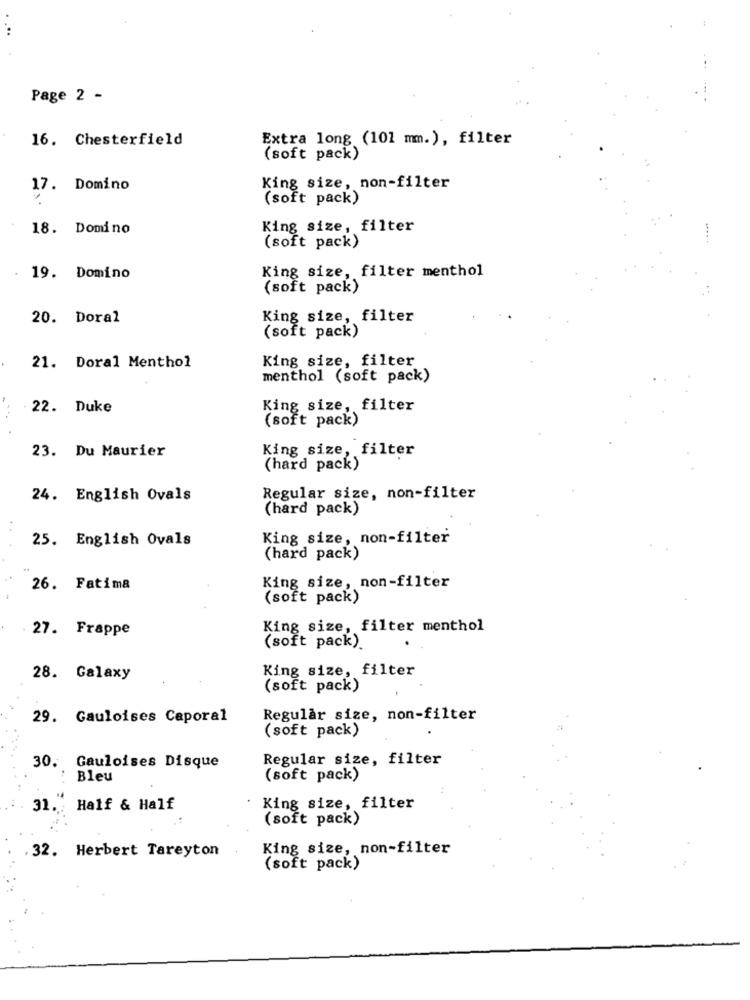
...
Page 2 -
16. Chesterfield
Extra long (101 mm.), filter
(soft pack)
17. Domino
King size, non-filter
(soft pack)
18. Domino
King size, filter
(soft pack)
King size, filter menthol
19. Domino
(soft pack)
20. Doral
King size, filter
(soft pack)
King size, filter
21. Doral Menthol
menthol (soft pack)
22. Duke
King size, filter
(soft pack)
23. Du Maurier
King size, filter
(hard pack)
24. English Ovals
Regular size, non-filter
(hard pack)
25. English Ovals
King size, non-filter
(hard pack)
King size, non-filter
26. Fatima
(soft pack)
27. Frappe
King size, filter menthol
(soft pack).
King size, filter
28. Galaxy
(soft pack)
29. Gauloises Caporal
Regular size, non-filter
(soft pack)
Regular size, filter
30. Gauloises Disque
Bleu
(soft pack)
31. Half & Half
King size, filter
(soft pack)
King size, non-filter
32. Herbert Tareyton
(soft pack)